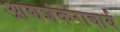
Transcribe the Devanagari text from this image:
आद्यशंकराचार्य